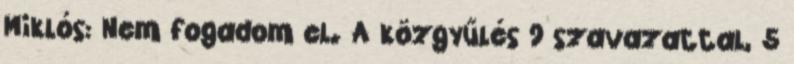
Miklós: Nem fogadom el. A közgyűlés 9 szavazattal, 5